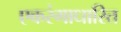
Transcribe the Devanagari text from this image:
एकरंगाधारित